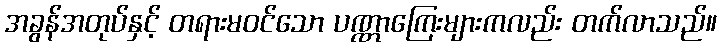
အခွန်အတုပ်နှင့် တရားမဝင်သော ပဏ္ဏာကြေးများကလည်း တက်လာသည်။